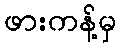
ဖားကန့်မှ